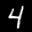
Label: 4